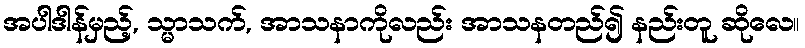
အပါဒါန်မှည့်, သ္မာသက်, အာသနာကိုလည်း အာသနတည်၍ နည်းတူ ဆိုလေ။